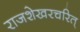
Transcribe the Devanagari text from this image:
राजशेखरचरित्